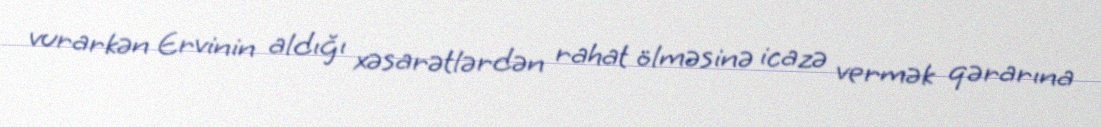
vurarkən Ervinin aldığı xəsarətlərdən rahat ölməsinə icazə vermək qərarına